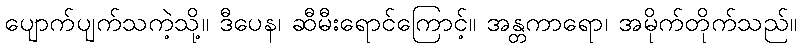
ပျောက်ပျက်သကဲ့သို့။ ဒီပေန၊ ဆီမီးရောင်ကြောင့်။ အန္တကာရော၊ အမိုက်တိုက်သည်။